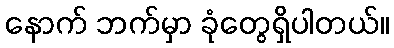
နောက် ဘက်မှာ ခုံတွေရှိပါတယ်။